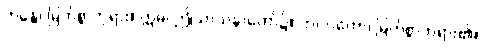
ဘန္တေ၊ မြတ်စွာဘုရား။ ဣဓ၊ ဤသာသနာတော်၌။ ဘဂဝတော၊ မြတ်စွာဘုရား၏။